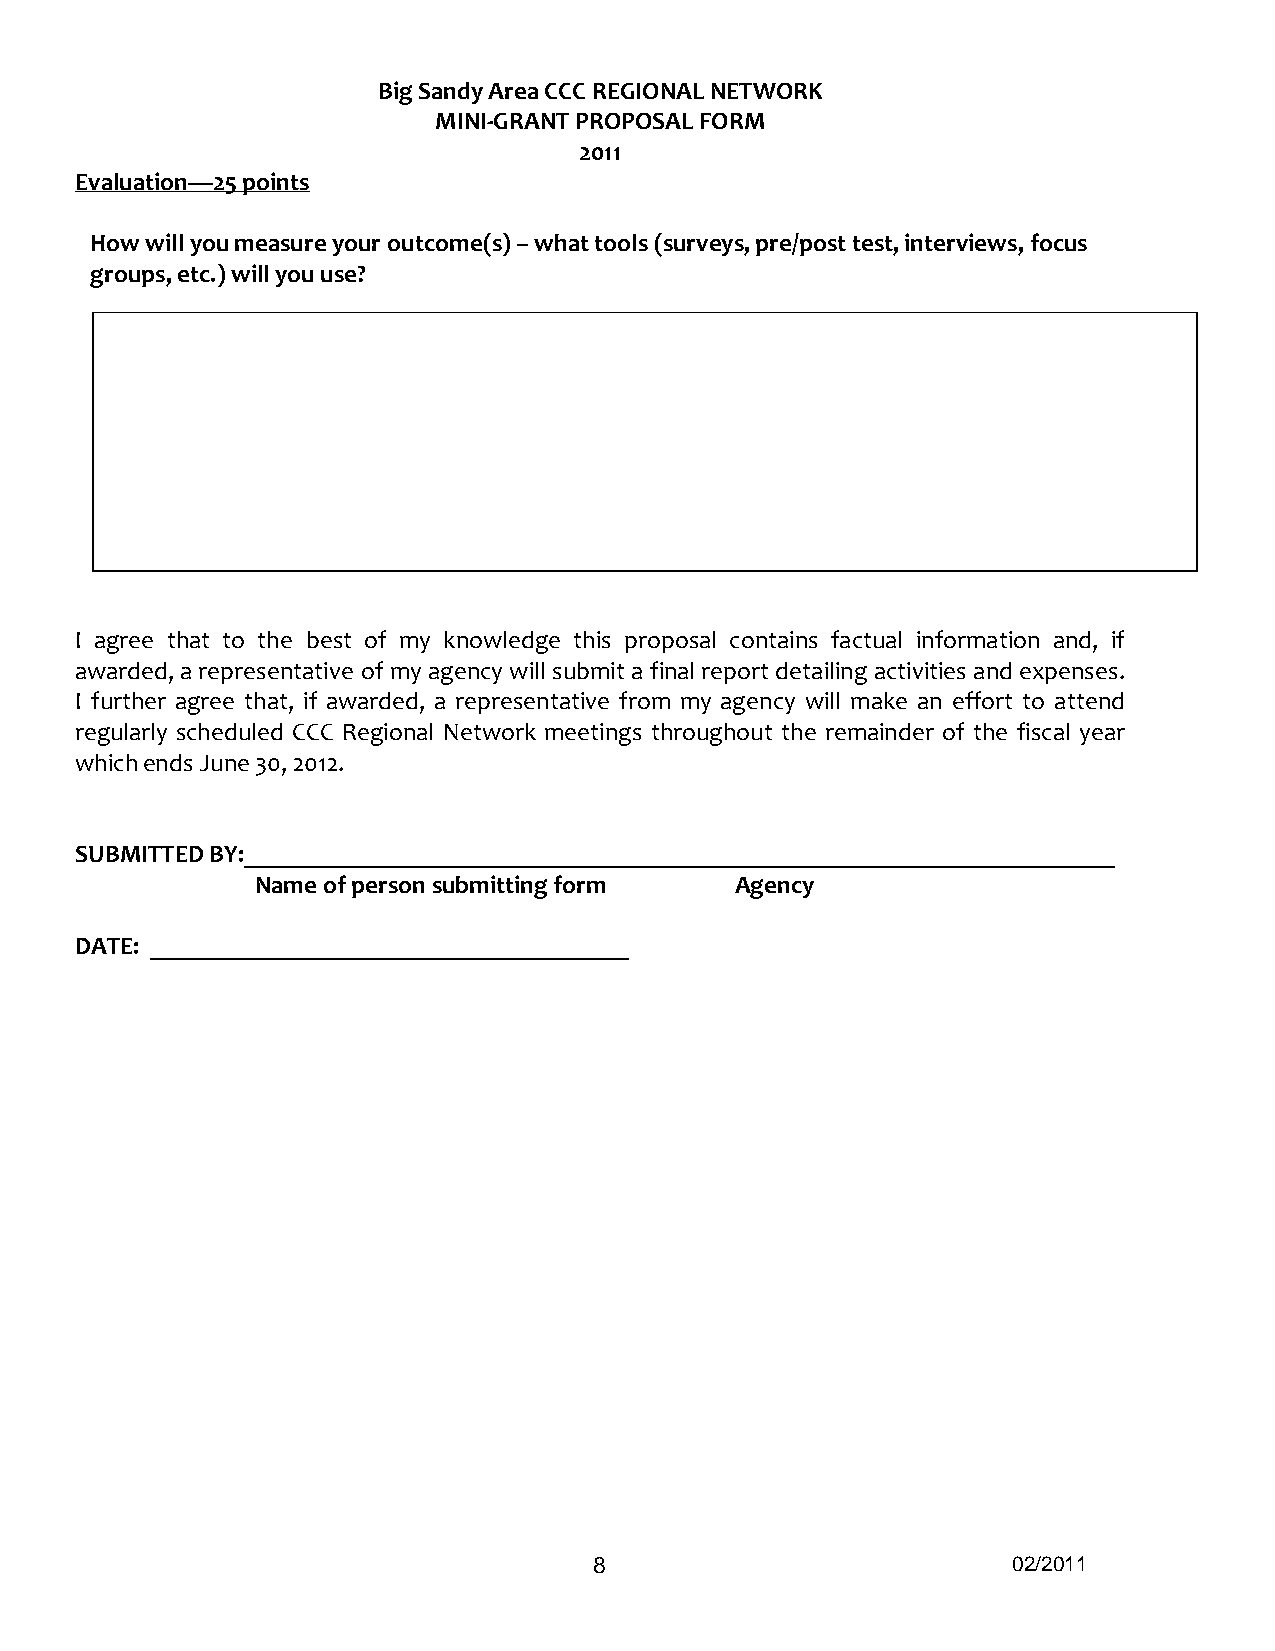
Big Sandy Area CCC REGIONAL NETWORK
 MINI-GRANT PROPOSAL FORM
 2011
 Evaluation—25 points
 How will you measure your outcome(s) – what tools (surveys, pre/post test, interviews, focus
 groups, etc.) will you use?
 I agree that to the best of my knowledge this proposal contains factual information and, if
 awarded, a representative of my agency will submit a final report detailing activities and expenses.
 I further agree that, if awarded, a representative from my agency will make an effort to attend
 regularly scheduled CCC Regional Network meetings throughout the remainder of the fiscal year
 which ends June 30, 2012.
 SUBMITTED BY:_____________________________________________________________________
 Name of person submitting form  Agency
 DATE: ______________________________________
 8                           02/2011